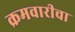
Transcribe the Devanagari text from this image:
क्रमवारीचा